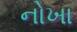
નોખા